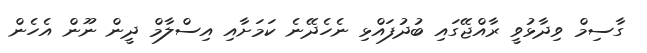
ގާސިމް ވިދާޅުވީ ރާއްޖޭގައި ބުދުފައްޅި ނެހެދޭނެ ކަމަށާއި އިސްލާމް ދީން ނޫން އެހެން